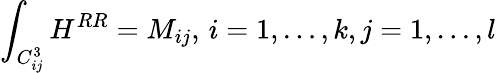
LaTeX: \int_{C_{ij}^{3}}H^{RR}=M_{ij},\, i=1,\ldots,k,j=1,\ldots,l